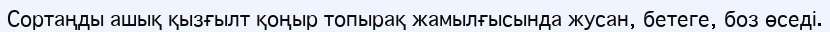
Сортаңды ашық қызғылт қоңыр топырақ жамылғысында жусан, бетеге, боз өседі.‎